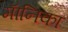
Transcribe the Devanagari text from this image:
माॅनिका